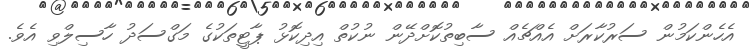
އެހެންކަމުން ސަރުކާރަށް އެއްޗެއް ސާބިތުކޮށްދޭން ނުކުތް އިދިކޮޅު ޕާޓީތަކުގެ މަގްސަދު ހާސިލްވި އެވެ.